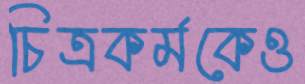
চিত্রকর্মকেও